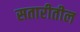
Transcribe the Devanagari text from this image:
सतारीतील